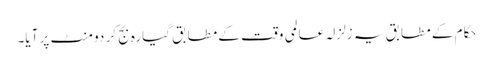
حکام کے مطابق یہ زلزلہ عالمی وقت کے مطابق گیارہ بج کر دو منٹ پر آیا۔